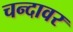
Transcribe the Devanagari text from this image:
चन्दावर